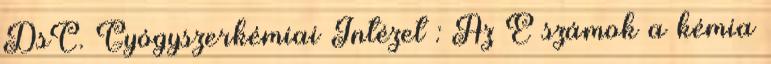
DsC. Gyógyszerkémiai Intézet : Az E számok a kémia